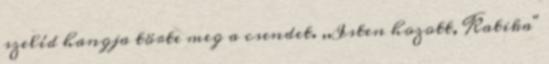
szelíd hangja törte meg a csendet. ,,Isten hozott, Katika"